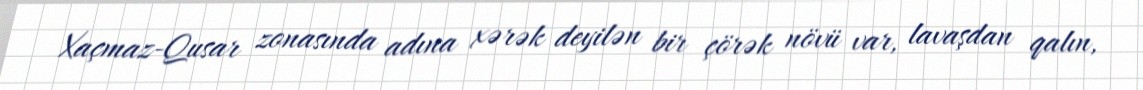
Xaçmaz-Qusar zonasında adına xərək deyilən bir çörək növü var, lavaşdan qalın,